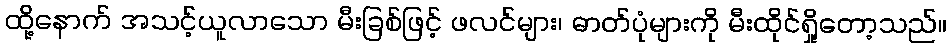
ထို့နောက် အသင့်ယူလာသော မီးခြစ်ဖြင့် ဖလင်များ၊ ဓာတ်ပုံများကို မီးထိုင်ရှို့တော့သည်။